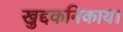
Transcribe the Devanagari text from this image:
खुद्दकनिकाय।